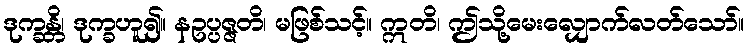
ဒုက္ခန္တိ၊ ဒုက္ခဟူ၍။ နဥပ္ပဇ္ဇတိ၊ မဖြစ်သင့်။ ဣတိ၊ ဤသို့မေးလျှောက်လတ်သော်။